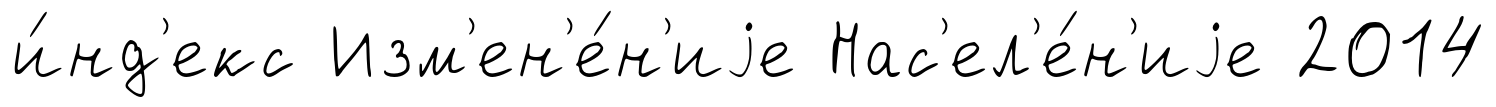
и́нд'екс Изм'ен'е́н'иjе Нас'ел'е́н'иjе 2014